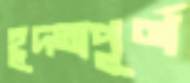
হূদতাপূর্ণ